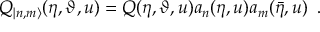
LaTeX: Q _ { | n , m \rangle } ( \eta , \vartheta , u ) = Q ( \eta , \vartheta , u ) a _ { n } ( \eta , u ) a _ { m } ( \bar { \eta } , u ) \, \, \, .